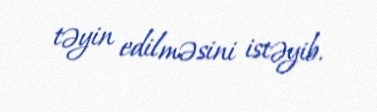
təyin edilməsini istəyib.